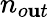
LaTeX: n_{o\mathbf{u}t}